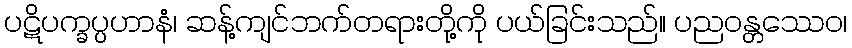
ပဋိပက္ခပ္ပဟာနံ၊ ဆန့်ကျင်ဘက်တရားတို့ကို ပယ်ခြင်းသည်။ ပညဝန္တဿေဝ၊